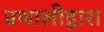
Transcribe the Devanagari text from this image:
प्रणालीद्वारा